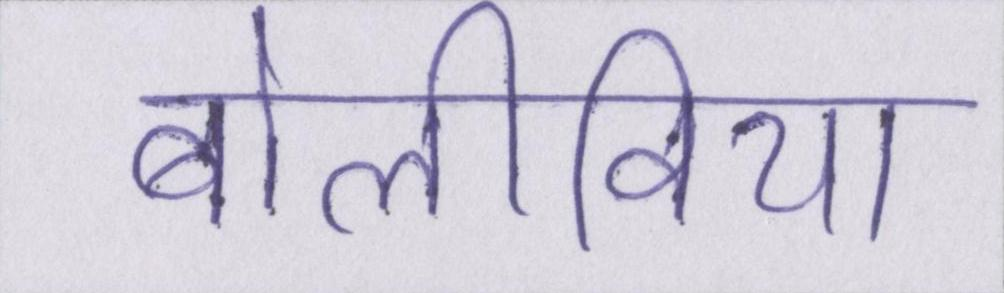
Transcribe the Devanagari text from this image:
बोलीविया